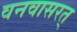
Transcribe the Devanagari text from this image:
वनवासरत्